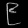
Digit: ၉